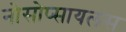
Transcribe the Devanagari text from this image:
नोसोप्सायलस